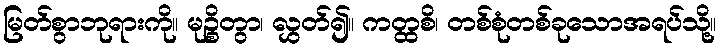
မြတ်စွာဘုရားကို။ မုဉ္စိတွာ၊ လွှတ်၍။ ကတ္ထစိ၊ တစ်စုံတစ်ခုသောအရပ်သို့။